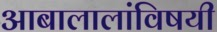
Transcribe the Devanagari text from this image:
आबालालांविषयी